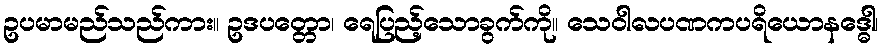
ဥပမာမည်သည်ကား။ ဥဒပတ္တော၊ ရေပြည့်သောခွက်ကို။ သေဝါလပဏကပရိယောနဒ္ဓေါ၊